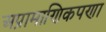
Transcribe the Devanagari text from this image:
अप्रामाणिकपणा